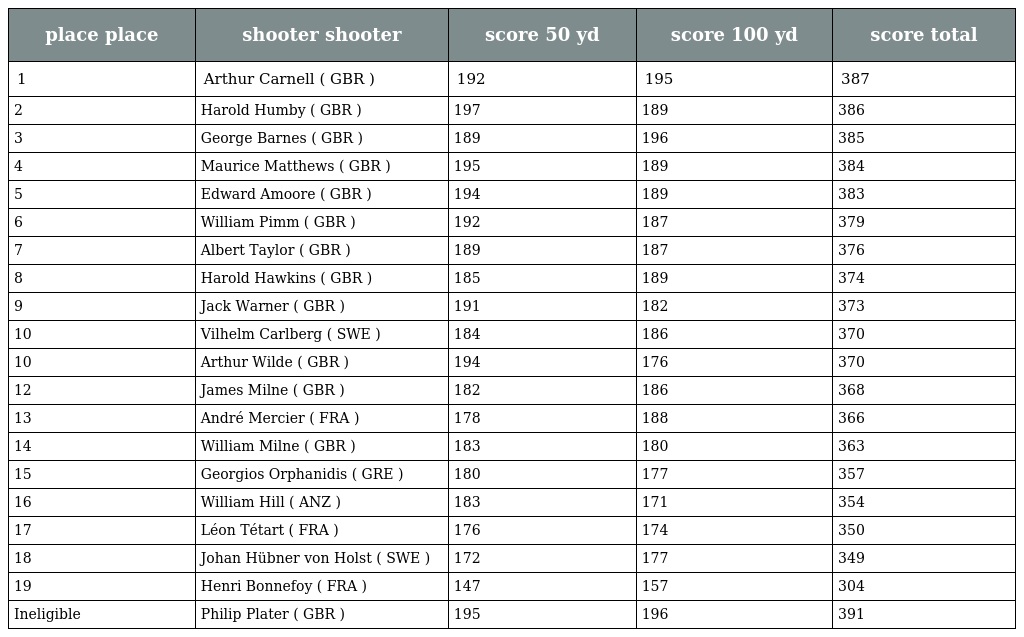
| place place | shooter shooter | score 50 yd | score 100 yd | score total |
 | --- | --- | --- | --- | --- |
 | 1 | Arthur Carnell ( GBR ) | 192 | 195 | 387 |
 | 2 | Harold Humby ( GBR ) | 197 | 189 | 386 |
 | 3 | George Barnes ( GBR ) | 189 | 196 | 385 |
 | 4 | Maurice Matthews ( GBR ) | 195 | 189 | 384 |
 | 5 | Edward Amoore ( GBR ) | 194 | 189 | 383 |
 | 6 | William Pimm ( GBR ) | 192 | 187 | 379 |
 | 7 | Albert Taylor ( GBR ) | 189 | 187 | 376 |
 | 8 | Harold Hawkins ( GBR ) | 185 | 189 | 374 |
 | 9 | Jack Warner ( GBR ) | 191 | 182 | 373 |
 | 10 | Vilhelm Carlberg ( SWE ) | 184 | 186 | 370 |
 | 10 | Arthur Wilde ( GBR ) | 194 | 176 | 370 |
 | 12 | James Milne ( GBR ) | 182 | 186 | 368 |
 | 13 | André Mercier ( FRA ) | 178 | 188 | 366 |
 | 14 | William Milne ( GBR ) | 183 | 180 | 363 |
 | 15 | Georgios Orphanidis ( GRE ) | 180 | 177 | 357 |
 | 16 | William Hill ( ANZ ) | 183 | 171 | 354 |
 | 17 | Léon Tétart ( FRA ) | 176 | 174 | 350 |
 | 18 | Johan Hübner von Holst ( SWE ) | 172 | 177 | 349 |
 | 19 | Henri Bonnefoy ( FRA ) | 147 | 157 | 304 |
 | Ineligible | Philip Plater ( GBR ) | 195 | 196 | 391 |